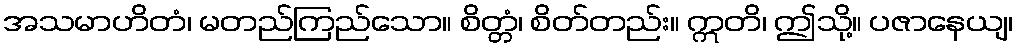
အသမာဟိတံ၊ မတည်ကြည်သော။ စိတ္တံ၊ စိတ်တည်း။ ဣတိ၊ ဤသို့။ ပဇာနေယျ၊